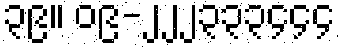
၃၉။ ၀၉-၂၂၂၃၃၃၄၄၄